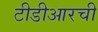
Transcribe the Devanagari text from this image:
टीडीआरची